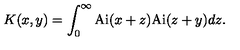
K ( x , y ) = \int _ { 0 } ^ { \infty } \mathrm { A i } ( x + z ) \mathrm { A i } ( z + y ) d z .